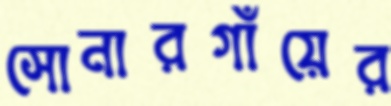
সোনারগাঁয়ের